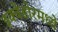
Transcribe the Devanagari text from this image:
इक्वेडोरमध्ये